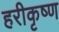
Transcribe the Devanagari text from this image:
हरीकृष्ण